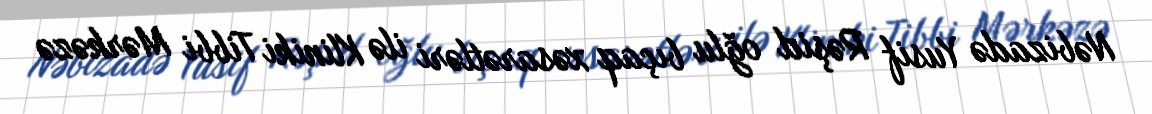
Nəbizadə Yusif Rəşid oğlu bıçaq xəsarətləri ilə Kliniki Tibbi Mərkəzə